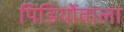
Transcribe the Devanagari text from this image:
पिंडियोंवाला